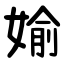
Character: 媮